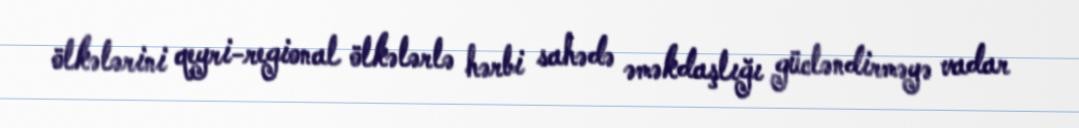
ölkələrini qeyri-regional ölkələrlə hərbi sahədə əməkdaşlığı gücləndirməyə vadar